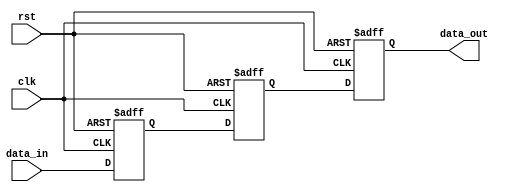
module FixedPointShiftRegister (
    input  wire clk,            // Clock input
    input  wire rst,            // Reset input
    input  wire [15:0] data_in, // Input data in fixed-point format
    output reg  [15:0] data_out // Output data in fixed-point format
);

reg [15:0] reg1_data, reg2_data, reg3_data;

always @(posedge clk or posedge rst) begin
    if (rst) begin
        reg1_data <= 16'b0;
        reg2_data <= 16'b0;
        reg3_data <= 16'b0;
    end else begin
        reg1_data <= data_in;
        reg2_data <= reg1_data;
        reg3_data <= reg2_data;
    end
end

assign data_out = reg3_data;

endmodule